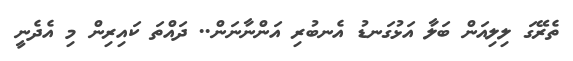
ތެރޭގަ ލިލިއަން ބަލާ އަޅުގަނޑު އެނބުރި އަންނާނަން.. ދައްތަ ކައިރިން މި އެދެނީ